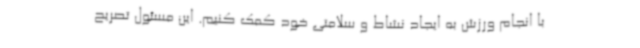
با انجام ورزش به ایجاد نشاط و سلامتی خود کمک کنیم. این مسئول تصریح